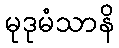
မုဒုမံသာနိ